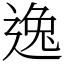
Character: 逸